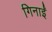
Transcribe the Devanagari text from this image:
गिनाईं